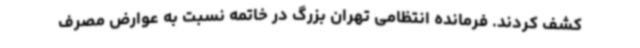
کشف کردند. فرمانده انتظامی تهران بزرگ در خاتمه نسبت به عوارض مصرف